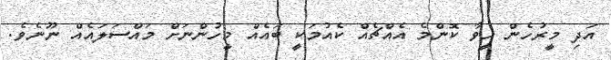
އަދި މީރުހެން ހީވާ ކޮންމެ އެއްޗެއް ކެއުމަކީ ބައެއް މީހުންނަށް މައްސަލައެއް ނޫނެވެ.